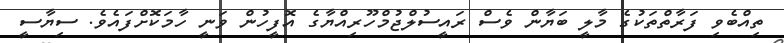
ތިއްބެވި ފަރާތްތަކުގެ މާލީ ބަޔާން ވެސް ރައީސުލްޖުމްހޫރިއްޔާގެ އޮފީހުން ވަނީ ހާމަކޮށްފައެވެ. ސިޔާސީ